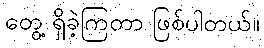
တွေ့ ရှိခဲ့ကြတာ ဖြစ်ပါတယ်။